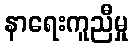
နာရေးကူညီမှု